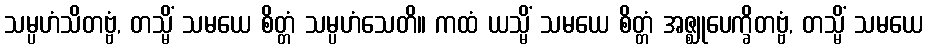
သမ္ပဟံသိတဗ္ဗံ, တသ္မိံ သမယေ စိတ္တံ သမ္ပဟံသေတိ။ ကထံ ယသ္မိံ သမယေ စိတ္တံ အဇ္ဈုပေက္ခိတဗ္ဗံ, တသ္မိံ သမယေ